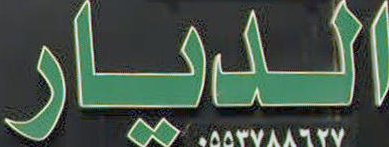
الديار